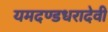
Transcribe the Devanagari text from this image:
यमदण्डधरादेवी